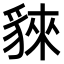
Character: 𧳟